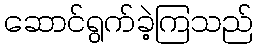
ဆောင်ရွက်ခဲ့ကြသည်